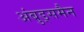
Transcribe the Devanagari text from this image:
अंबुड्समैन